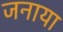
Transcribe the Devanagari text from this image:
जनाया